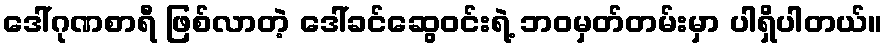
ဒေါ်ဂုဏစာရီ ဖြစ်လာတဲ့ ဒေါ်ခင်ဆွေဝင်းရဲ့ ဘဝမှတ်တမ်းမှာ ပါရှိပါတယ်။